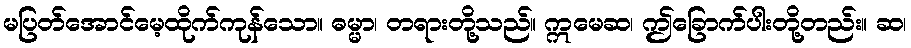
မပြတ်အောင်မေ့ထိုက်ကုန်သော။ ဓမ္မာ၊ တရားတို့သည်။ ဣမေဆ၊ ဤခြောက်ပါးတို့တည်း။ ဆ၊